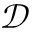
\mathcal { D }